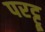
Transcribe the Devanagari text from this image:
परट्टू